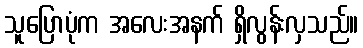
သူပြောပုံက အလေးအနက် ရှိလွန်းလှသည်။